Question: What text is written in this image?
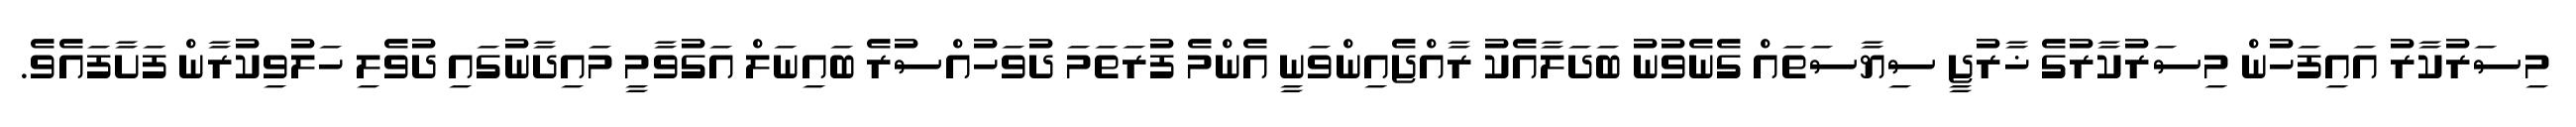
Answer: މިސަރުކާރު އައިފަހުން މިސަރުކާރުގެ ޚާރުޖީ ސިޔާސަތައް ގެނެވުނު ބަދަލާއެކު ރާއްޖެއިންވަނީ އެންމެ ފުރަތަމަ ދުވަހުއްސުރެ ބައިނަލް އަގުވާމީ މައިދާނުގައި ދުވެލި ހަލުވިކުރާން ފަށާފައެވެ.